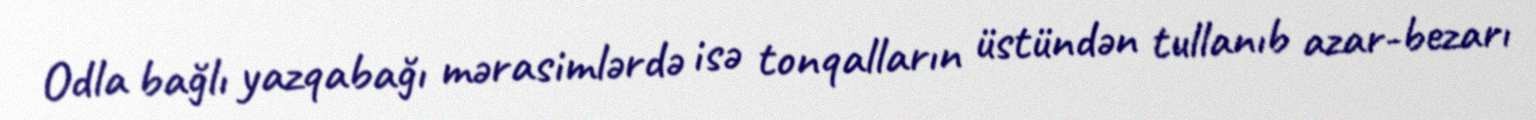
Odla bağlı yazqabağı mərasimlərdə isə tonqalların üstündən tullanıb azar-bezarı